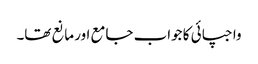
واجپائی کا جواب جامع اور مانع تھا۔